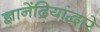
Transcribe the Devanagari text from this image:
ज्ञानेंद्रियांद्वारे